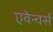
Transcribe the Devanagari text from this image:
एवेन्चर्स